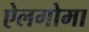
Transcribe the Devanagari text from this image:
ऐलगोमा